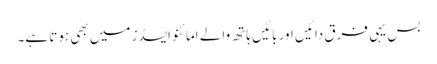
بس یہی فرق دائیں اور بائیں ہاتھ والے امائنو ایسڈز میں بھی ہوتا ہے۔